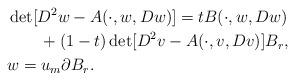
LaTeX: \begin{align*} &\det [D^2w - A(\cdot,w,Dw)] = tB(\cdot,w,Dw)\\ &\quad\quad+ (1-t)\det [D^2v - A(\cdot,v,Dv)]B_r,\\ &w = u_m \partial B_r. \end{align*}